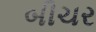
બીચર